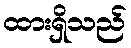
ထားရှိသည်